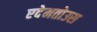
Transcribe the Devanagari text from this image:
एदेमतोउस